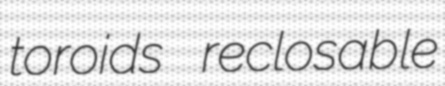
toroids reclosable